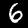
Label: 6